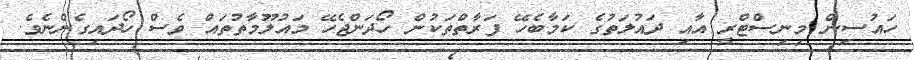
ހައުސިން މިނިސްޓްރީ އާއި ދައުލަތުގެ ކަމާބެހޭ ފަރާތްތަކުން ހޯދަންޖެހޭ މައުލޫމާތުތައް ވެސް ހޯދައިގެންނެވެ.